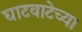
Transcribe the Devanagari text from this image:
घाटवाटेच्या